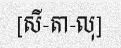
[សី-តា-លុ]